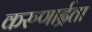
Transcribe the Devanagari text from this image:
करुणार्द्रता